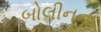
બોલીનના